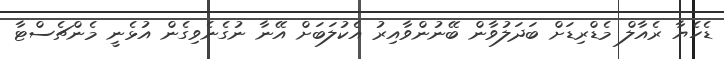
ޑެހެޔާ ރެއާލް މެޑްރިޑަށް ބަދަލުވާން ބޭނުންވާއިރު އެކުލަބަށް އޭނާ ނުގެނެވިގެން އުޅެނީ މެންޗެސްޓާ